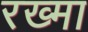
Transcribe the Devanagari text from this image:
रख्मा